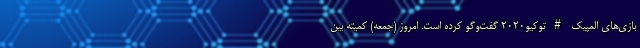
بازی‌های المپیک #توکیو۲۰۲۰ گفت‌وگو کرده است. امروز (جمعه) کمیته بین